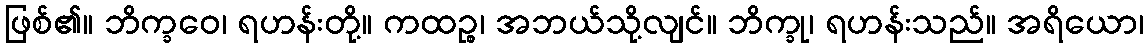
ဖြစ်၏။ ဘိက္ခဝေ၊ ရဟန်းတို့။ ကထဉ္စ၊ အဘယ်သို့လျင်။ ဘိက္ခု၊ ရဟန်းသည်။ အရိယော၊